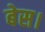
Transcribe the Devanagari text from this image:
बेस।